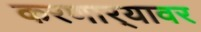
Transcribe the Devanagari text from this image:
करणार्‍यावर